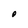
Character: O